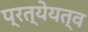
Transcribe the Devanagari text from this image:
प्रत्येयत्व